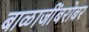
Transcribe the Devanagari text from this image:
बाळाजींबरोबर